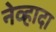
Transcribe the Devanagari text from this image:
नेव्हादा